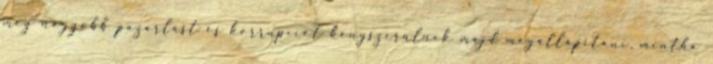
még nagyobb pazarlást és korrupciót kényszerülnek majd megállapítani, mintha